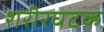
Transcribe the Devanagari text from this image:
शरीरघटक